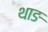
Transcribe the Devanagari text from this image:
थाङ